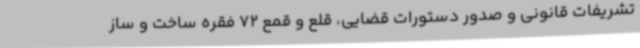
تشریفات قانونی و صدور دستورات قضایی، قلع و قمع 72 فقره ساخت و ساز